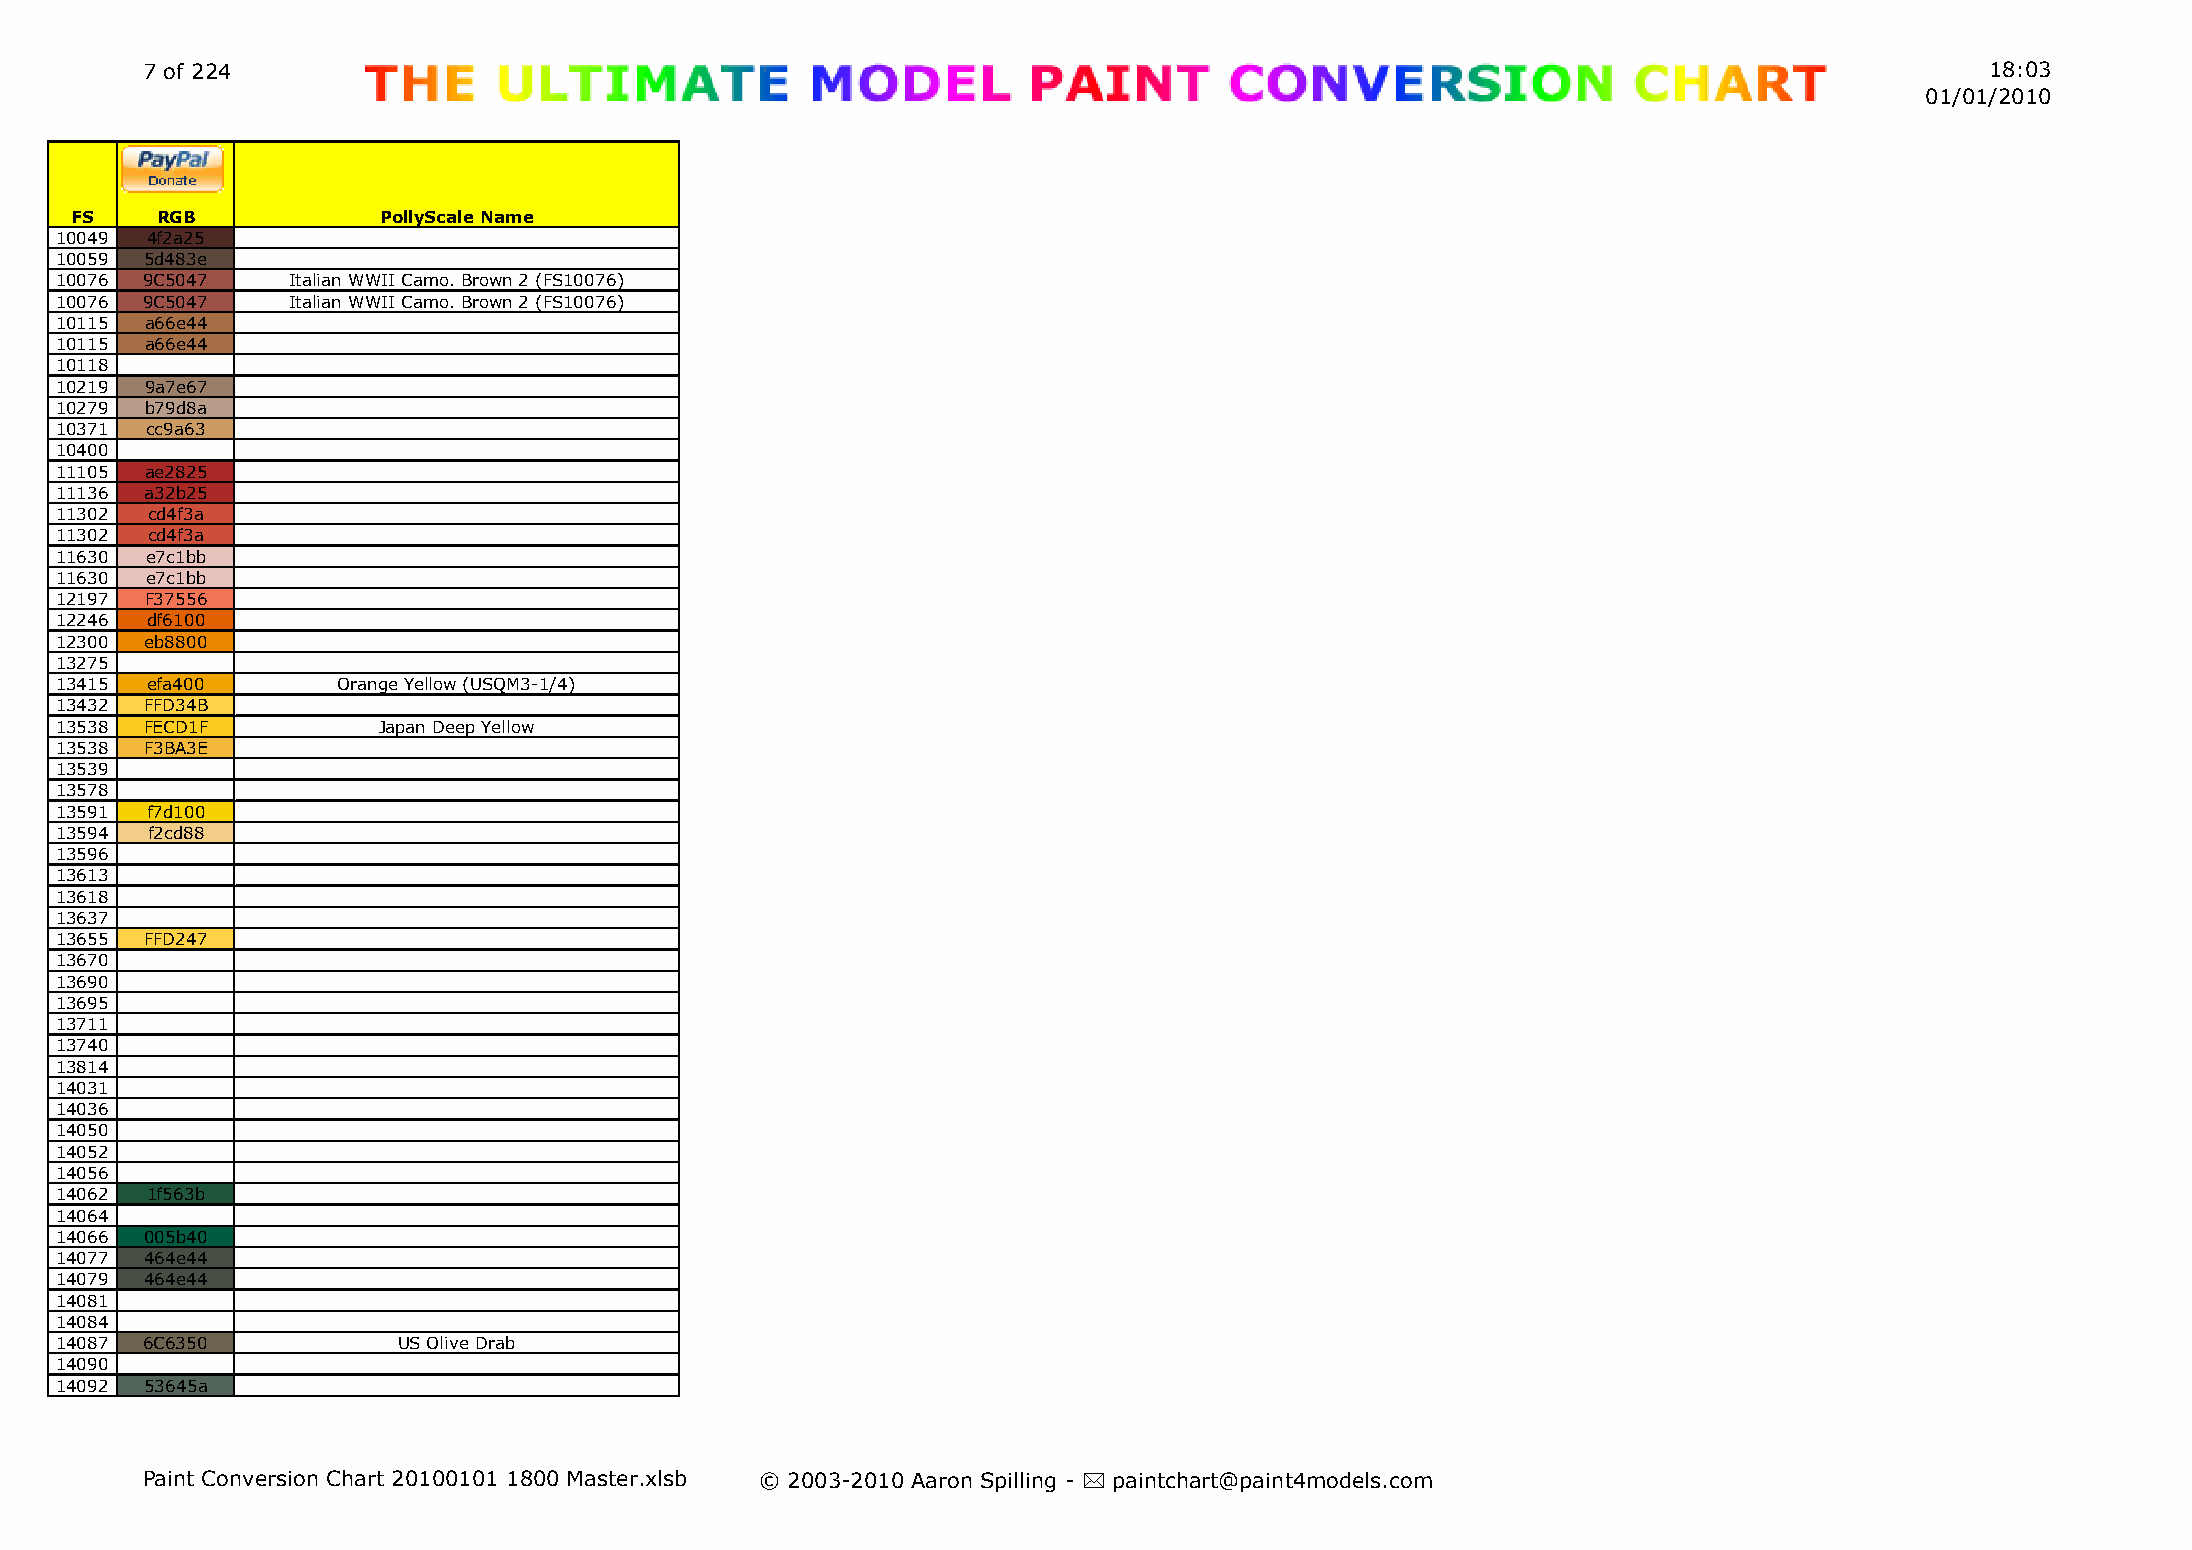
7 of 224                                                                                                                   18:03
 01/01/2010
 FS   RGB            PollyScale Name
 10049 4f2a25
 10059 5d483e
 10076 9C5047   Italian WWII Camo. Brown 2 (FS10076)
 10076 9C5047   Italian WWII Camo. Brown 2 (FS10076)
 10115 a66e44
 10115 a66e44
 10118
 10219 9a7e67
 10279 b79d8a
 10371 cc9a63
 10400
 11105 ae2825
 11136 a32b25
 11302 cd4f3a
 11302 cd4f3a
 11630 e7c1bb
 11630 e7c1bb
 12197 F37556
 12246 df6100
 12300 eb8800
 13275
 13415 efa400      Orange Yellow (USQM3-1/4)
 13432 FFD34B
 13538 FECD1F         Japan Deep Yellow
 13538 F3BA3E
 13539
 13578
 13591 f7d100
 13594 f2cd88
 13596
 13613
 13618
 13637
 13655 FFD247
 13670
 13690
 13695
 13711
 13740
 13814
 14031
 14036
 14050
 14052
 14056
 14062 1f563b
 14064
 14066 005b40
 14077 464e44
 14079 464e44
 14081
 14084
 14087 6C6350          US Olive Drab
 14090
 14092 53645a
 Paint Conversion Chart 20100101 1800 Master.xlsb © 2003-2010 Aaron Spilling - * paintchart@paint4models.com